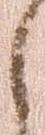
々